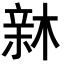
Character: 𣕟